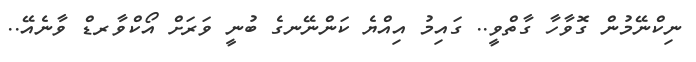
ނިކްނޭމުން ގޮވާހާ ގާތްވީ.. ގައިމު އިއްޔެ ކަންނޭނގެ ބުނީ ވަރަށް އޯކްވާރޑް ވާނެއޭ..